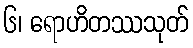
၆၊ ရောဟိတဿသုတ်